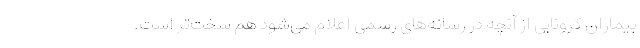
بیماران کرونایی از آنچه در رسانه‌های رسمی اعلام می‌شود هم سخت‌تر است.